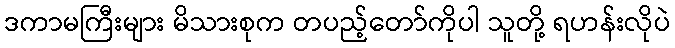
ဒကာမကြီးများ မိသားစုက တပည့်တော်ကိုပါ သူတို့ ရဟန်းလိုပဲ